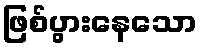
ဖြစ်ပွားနေသော